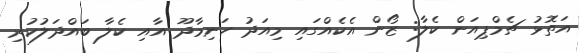
އަތޮޅު ޗެމްޕިއަން ކެލާ: ޒޯން އެކެއްގައި މިއަދު ހަނިމާދޫ އާއި ކެލާ ބައްދަލުކުރި